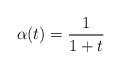
LaTeX: \begin{align*}\alpha(t) = \frac{1}{1+t}\end{align*}